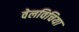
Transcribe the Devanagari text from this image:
वेलविचिया